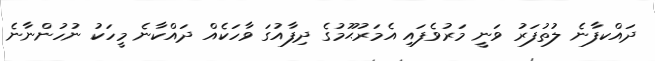
ދައްކފާނެ ލުތުފަރު ވަނީ މަރުވެފައި އެމަރުޙޫމުގެ ދިފާއުގަ ވާހަކެއް ދައްކާނެ މީހަކު ނުހުންނާނެ